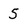
Character: 5